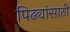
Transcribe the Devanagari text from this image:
पिढ्यांसाठी